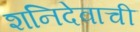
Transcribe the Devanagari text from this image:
शनिदेवाची